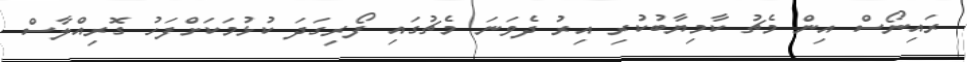
ރައިނޯސް އިން މެޗު ކާމިޔާބުކުރި އިރު ދެވަނަ މެޗުގައި ފޯރިގަދަ ކުޅުމަކަށްފަހު ގޮރިއްލާސް